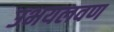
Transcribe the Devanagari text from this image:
उभयलवण